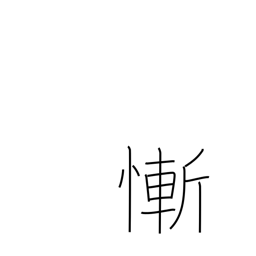
Meaning: feel ashamed